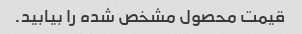
قیمت محصول مشخص شده را بیابید.